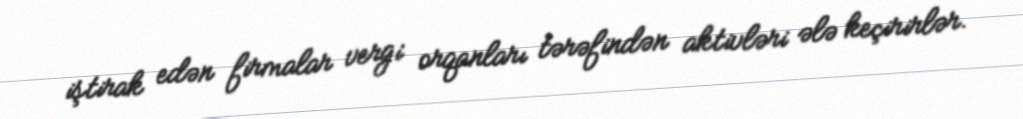
iştirak edən firmalar vergi orqanları tərəfindən aktivləri ələ keçirirlər.